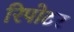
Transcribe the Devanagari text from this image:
रिपोटर